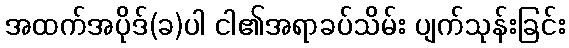
အထက်အပိုဒ်(ခ)ပါ ငါ၏အရာခပ်သိမ်း ပျက်သုန်းခြင်း